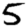
Digit: 5